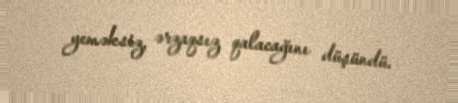
yeməksiz, ərzaqsız qalacağını düşündü.